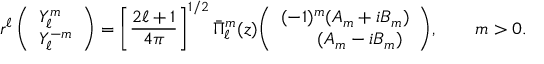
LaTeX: r ^ { \ell } \, { \left( \begin{array} { l } { Y _ { \ell } ^ { m } } \\ { Y _ { \ell } ^ { - m } } \end{array} \right) } = \left[ { \frac { 2 \ell + 1 } { 4 \pi } } \right] ^ { 1 / 2 } { \bar { \Pi } } _ { \ell } ^ { m } ( z ) { \left( \begin{array} { l } { ( - 1 ) ^ { m } ( A _ { m } + i B _ { m } ) } \\ { \qquad ( A _ { m } - i B _ { m } ) } \end{array} \right) } , \qquad m > 0 .